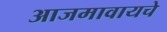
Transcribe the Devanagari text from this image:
आजमावायचे